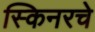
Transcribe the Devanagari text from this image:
स्किनरचे